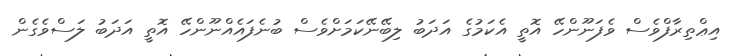
އިޢްތިރާފްވެސް ވެފަނޫންހޭ އޮތީ އެކަމުގެ އަދަބު ލިބޭނޭކަމަށްވެސް ބުނެފައެއްނޫންހޭ އޮތީ އަދަބު ލަސްވެގެން